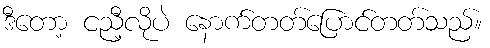
ဒီတော့ ငညီ့လိုပဲ နောက်တတ်ပြောင်တတ်သည်။